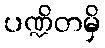
ပဏ္ဍိတမှိ